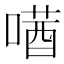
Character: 𫫛